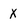
Character: X